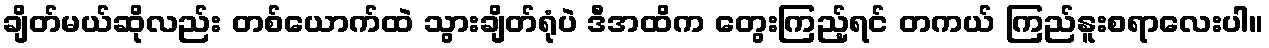
ချိတ်မယ်ဆိုလည်း တစ်ယောက်ထဲ သွားချိတ်ရုံပဲ ဒီအထိက တွေးကြည့်ရင် တကယ် ကြည်နူးစရာလေးပါ။